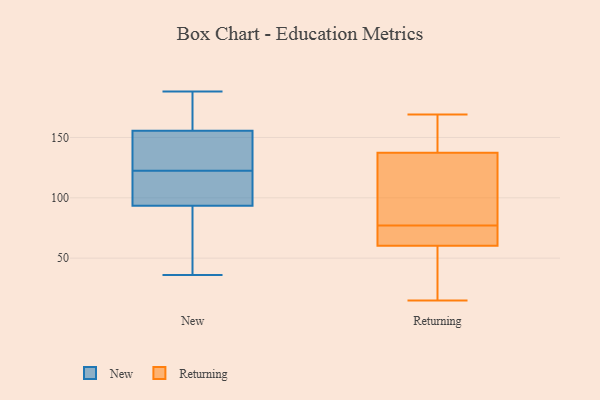
{"axis": {"x": "Shipments", "y": "Value"}, "legend": ["New", "Returning"], "data": [{"x": "", "y": 179, "type": "New"}, {"x": "", "y": 85, "type": "New"}, {"x": "", "y": 188, "type": "New"}, {"x": "", "y": 149, "type": "New"}, {"x": "", "y": 36, "type": "New"}, {"x": "", "y": 92, "type": "New"}, {"x": "", "y": 95, "type": "New"}, {"x": "", "y": 162, "type": "New"}, {"x": "", "y": 103, "type": "New"}, {"x": "", "y": 134, "type": "New"}, {"x": "", "y": 127, "type": "New"}, {"x": "", "y": 118, "type": "New"}, {"x": "", "y": 63, "type": "Returning"}, {"x": "", "y": 107, "type": "Returning"}, {"x": "", "y": 15, "type": "Returning"}, {"x": "", "y": 71, "type": "Returning"}, {"x": "", "y": 164, "type": "Returning"}, {"x": "", "y": 134, "type": "Returning"}, {"x": "", "y": 147, "type": "Returning"}, {"x": "", "y": 169, "type": "Returning"}, {"x": "", "y": 77, "type": "Returning"}, {"x": "", "y": 25, "type": "Returning"}, {"x": "", "y": 158, "type": "Returning"}, {"x": "", "y": 52, "type": "Returning"}, {"x": "", "y": 93, "type": "Returning"}, {"x": "", "y": 68, "type": "Returning"}, {"x": "", "y": 76, "type": "Returning"}, {"x": "", "y": 20, "type": "Returning"}, {"x": "", "y": 105, "type": "Returning"}]}